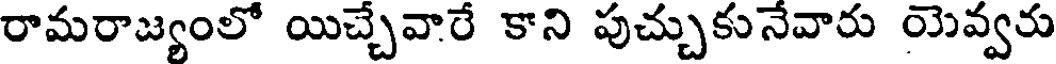
రామరాజ్యంలో యిచ్చేవారే కాని పుచ్చుకునేవారు యెవ్వరు